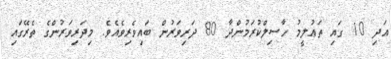
އަދި 10 ގައި ތަޢުލީމު ހާސިލްކުރަމުންދާ 80 ދަރިވަރުން ބައިވެރިވެއެވެ. މިދަރިވަރުންގެ ތެރޭގައި